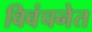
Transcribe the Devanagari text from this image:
विवंचनेत